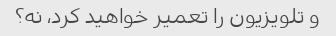
و تلویزیون را تعمیر خواهید کرد، نه؟